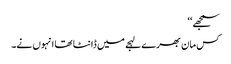
سمجھے‘‘
کس مان بھرے لہجے میں ڈانٹا تھا انہوں نے۔